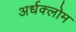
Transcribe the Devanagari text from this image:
अर्धक्लोम